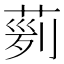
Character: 𦴟